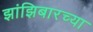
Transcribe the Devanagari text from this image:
झांझिबारच्या